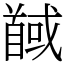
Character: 馘